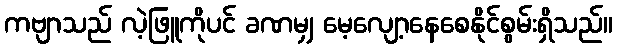
ကဗျာသည် လဲ့ဖြူကိုပင် ခဏမျှ မေ့လျော့နေစေနိုင်စွမ်းရှိသည်။